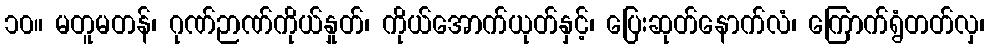
၁၀။ မတူမတန်၊ ဂုဏ်ဉာဏ်ကိုယ်နှုတ်၊ ကိုယ်အောက်ယုတ်နှင့်၊ ပြေးဆုတ်နောက်လံ၊ ကြောက်ရွံတတ်လှ၊